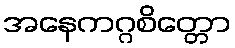
အနေကဂ္ဂစိတ္တော